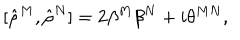
[ { \hat { \rho } } ^ { M } , { \hat { \rho } } ^ { N } ] = 2 \beta ^ { M } \beta ^ { N } + i \theta ^ { M N } ,